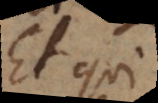
Et qui